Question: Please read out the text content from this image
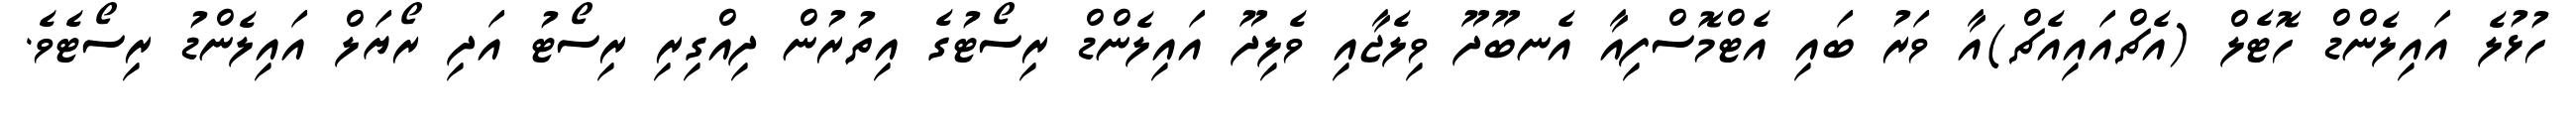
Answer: ހުޅުލެ އައިލެންޑް ހޮޓެލް (އެޗްއައިއެޗް)އާ ވަރު ބައި އެޓްމޮސްފިއާ އެނބޫދޫ ވިލެޖާއި ވެލިދޫ އައިލެންޑް ރިސޯޓުގެ އިތުރުން ދިއްގިރި ރިސޯޓު އަދި ރޯޔަލް އައިލެންޑު ރިސޯޓެވެ.